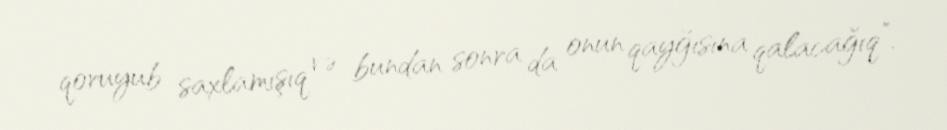
qoruyub saxlamışıq və bundan sonra da onun qayğısına qalacağıq”.